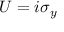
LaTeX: U = i \sigma _ { y }